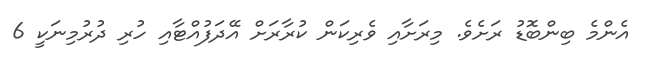
އެންމެ ބިންބޮޑު ރަށެވެ. މިރަށާއި ވެރިކަން ކުރާރަށް އޭދަފުއްޓާއި ހުރި ދުރުމިނަކީ 6